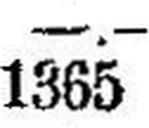
1365